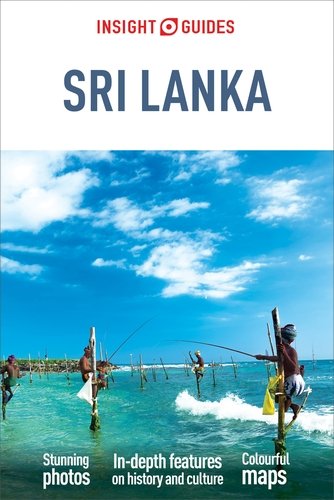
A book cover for Insight Guides: Sri Lanka; Insight Guides; Travel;